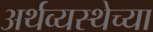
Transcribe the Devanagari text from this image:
अर्थव्यस्थेच्या